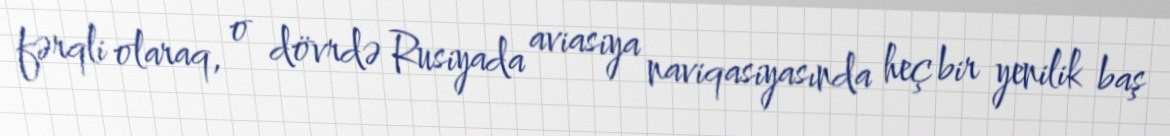
fərqli olaraq, o dövrdə Rusiyada aviasiya naviqasiyasında heç bir yenilik baş